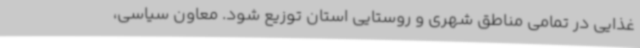
غذایی در تمامی مناطق شهری و روستایی استان توزیع شود. معاون سیاسی،